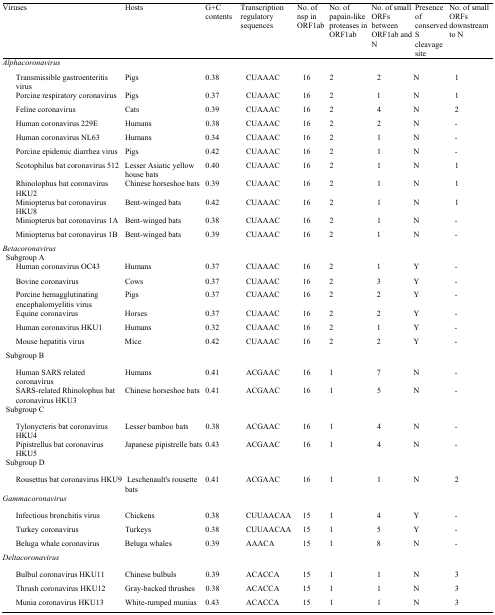
<table><thead><tr><td><b>Viruses</b></td><td><b>Hosts</b></td><td><b>G+C contents</b></td><td><b>Transcription regulatory sequences</b></td><td><b>No. of nsp in ORF1ab</b></td><td><b>No. of papain-like proteases in ORF1ab</b></td><td><b>No. of small ORFs between ORF1ab and N</b></td><td><b>Presence of conserved S cleavage site</b></td><td><b>No. of small ORFs downstream to N</b></td></tr></thead><tbody><tr><td><i>Alphacoronavirus</i></td><td></td><td></td><td></td><td></td><td></td><td></td><td></td><td></td></tr><tr><td>Transmissible gastroenteritis virus</td><td>Pigs</td><td>0.38</td><td>CUAAAC</td><td>16</td><td>2</td><td>2</td><td>N</td><td>1</td></tr><tr><td>Porcine respiratory coronavirus</td><td>Pigs</td><td>0.37</td><td>CUAAAC</td><td>16</td><td>2</td><td>1</td><td>N</td><td>1</td></tr><tr><td>Feline coronavirus</td><td>Cats</td><td>0.39</td><td>CUAAAC</td><td>16</td><td>2</td><td>4</td><td>N</td><td>2</td></tr><tr><td>Human coronavirus 229E</td><td>Humans</td><td>0.38</td><td>CUAAAC</td><td>16</td><td>2</td><td>2</td><td>N</td><td>-</td></tr><tr><td>Human coronavirus NL63</td><td>Humans</td><td>0.34</td><td>CUAAAC</td><td>16</td><td>2</td><td>1</td><td>N</td><td>-</td></tr><tr><td>Porcine epidemic diarrhea virus</td><td>Pigs</td><td>0.42</td><td>CUAAAC</td><td>16</td><td>2</td><td>1</td><td>N</td><td>-</td></tr><tr><td>Scotophilus bat coronavirus 512</td><td>Lesser Asiatic yellow house bats</td><td>0.40</td><td>CUAAAC</td><td>16</td><td>2</td><td>1</td><td>N</td><td>1</td></tr><tr><td>Rhinolophus bat coronavirus HKU2</td><td>Chinese horseshoe bats</td><td>0.39</td><td>CUAAAC</td><td>16</td><td>2</td><td>1</td><td>N</td><td>1</td></tr><tr><td>Miniopterus bat coronavirus HKU8</td><td>Bent-winged bats</td><td>0.42</td><td>CUAAAC</td><td>16</td><td>2</td><td>1</td><td>N</td><td>1</td></tr><tr><td>Miniopterus bat coronavirus 1A</td><td>Bent-winged bats</td><td>0.38</td><td>CUAAAC</td><td>16</td><td>2</td><td>1</td><td>N</td><td>-</td></tr><tr><td>Miniopterus bat coronavirus 1B</td><td>Bent-winged bats</td><td>0.39</td><td>CUAAAC</td><td>16</td><td>2</td><td>1</td><td>N</td><td>-</td></tr><tr><td><i>Betacoronavirus</i></td><td></td><td></td><td></td><td></td><td></td><td></td><td></td><td></td></tr><tr><td>Subgroup A</td><td></td><td></td><td></td><td></td><td></td><td></td><td></td><td></td></tr><tr><td>Human coronavirus OC43</td><td>Humans</td><td>0.37</td><td>CUAAAC</td><td>16</td><td>2</td><td>1</td><td>Y</td><td>-</td></tr><tr><td>Bovine coronavirus</td><td>Cows</td><td>0.37</td><td>CUAAAC</td><td>16</td><td>2</td><td>3</td><td>Y</td><td>-</td></tr><tr><td>Porcine hemagglutinating encephalomyelitis virus</td><td>Pigs</td><td>0.37</td><td>CUAAAC</td><td>16</td><td>2</td><td>2</td><td>Y</td><td>-</td></tr><tr><td>Equine coronavirus</td><td>Horses</td><td>0.37</td><td>CUAAAC</td><td>16</td><td>2</td><td>2</td><td>Y</td><td>-</td></tr><tr><td>Human coronavirus HKU1</td><td>Humans</td><td>0.32</td><td>CUAAAC</td><td>16</td><td>2</td><td>1</td><td>Y</td><td>-</td></tr><tr><td>Mouse hepatitis virus</td><td>Mice</td><td>0.42</td><td>CUAAAC</td><td>16</td><td>2</td><td>2</td><td>Y</td><td>-</td></tr><tr><td>Subgroup B</td><td></td><td></td><td></td><td></td><td></td><td></td><td></td><td></td></tr><tr><td>Human SARS related coronavirus</td><td>Humans</td><td>0.41</td><td>ACGAAC</td><td>16</td><td>1</td><td>7</td><td>N</td><td>-</td></tr><tr><td>SARS-related Rhinolophus bat coronavirus HKU3</td><td>Chinese horseshoe bats</td><td>0.41</td><td>ACGAAC</td><td>16</td><td>1</td><td>5</td><td>N</td><td>-</td></tr><tr><td>Subgroup C</td><td></td><td></td><td></td><td></td><td></td><td></td><td></td><td></td></tr><tr><td>Tylonycteris bat coronavirus HKU4</td><td>Lesser bamboo bats</td><td>0.38</td><td>ACGAAC</td><td>16</td><td>1</td><td>4</td><td>N</td><td>-</td></tr><tr><td>Pipistrellus bat coronavirus HKU5</td><td>Japanese pipistrelle bats</td><td>0.43</td><td>ACGAAC</td><td>16</td><td>1</td><td>4</td><td>N</td><td>-</td></tr><tr><td>Subgroup D</td><td></td><td></td><td></td><td></td><td></td><td></td><td></td><td></td></tr><tr><td>Rousettus bat coronavirus HKU9</td><td>Leschenault&#x27;s rousette bats</td><td>0.41</td><td>ACGAAC</td><td>16</td><td>1</td><td>1</td><td>N</td><td>2</td></tr><tr><td><i>Gammacoronavirus</i></td><td></td><td></td><td></td><td></td><td></td><td></td><td></td><td></td></tr><tr><td>Infectious bronchitis virus</td><td>Chickens</td><td>0.38</td><td>CUUAACAA</td><td>15</td><td>1</td><td>4</td><td>Y</td><td>-</td></tr><tr><td>Turkey coronavirus</td><td>Turkeys</td><td>0.38</td><td>CUUAACAA</td><td>15</td><td>1</td><td>5</td><td>Y</td><td>-</td></tr><tr><td>Beluga whale coronavirus</td><td>Beluga whales</td><td>0.39</td><td>AAACA</td><td>15</td><td>1</td><td>8</td><td>N</td><td>-</td></tr><tr><td><i>Deltacoronavirus</i></td><td></td><td></td><td></td><td></td><td></td><td></td><td></td><td></td></tr><tr><td>Bulbul coronavirus HKU11</td><td>Chinese bulbuls</td><td>0.39</td><td>ACACCA</td><td>15</td><td>1</td><td>1</td><td>N</td><td>3</td></tr><tr><td>Thrush coronavirus HKU12</td><td>Gray-backed thrushes</td><td>0.38</td><td>ACACCA</td><td>15</td><td>1</td><td>1</td><td>N</td><td>3</td></tr><tr><td>Munia coronavirus HKU13</td><td>White-rumped munias</td><td>0.43</td><td>ACACCA</td><td>15</td><td>1</td><td>1</td><td>N</td><td>3</td></tr></tbody></table>